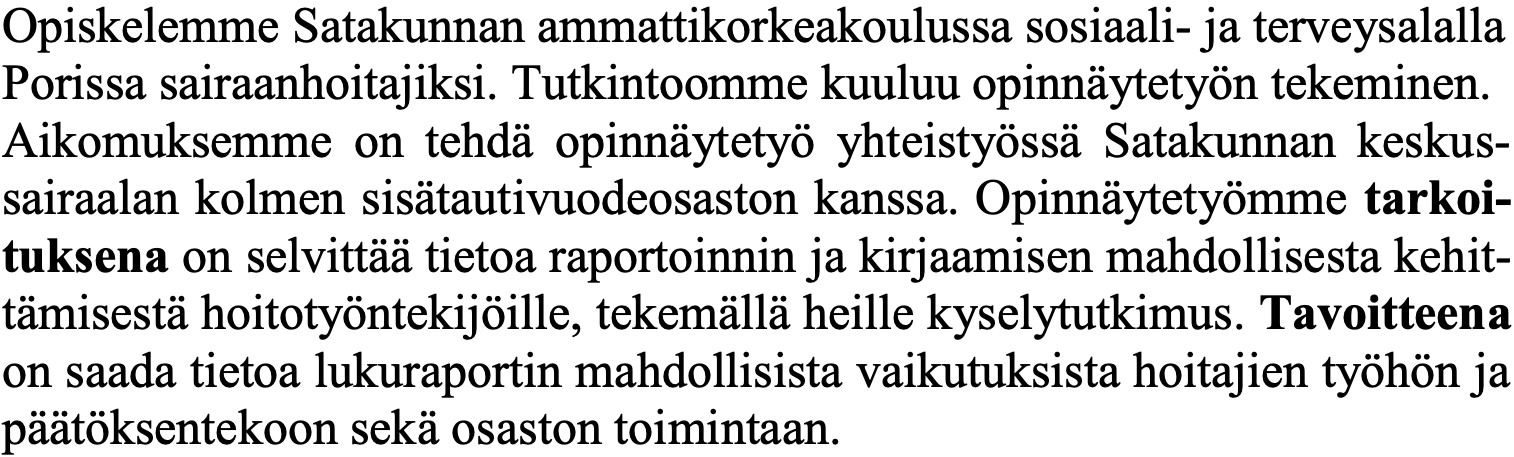
Opiskelemme Satakunnan ammattikorkeakoulussa sosiaali- ja terveysalalla Porissa sairaanhoitajiksi. Tutkintoomme kuuluu opinnäytetyön tekeminen. Aikomuksemme on tehdä opinnäytetyö yhteistyössä Satakunnan keskus- sairaalan kolmen sisätautivuodeosaston kanssa. Opinnäytetyömme tarkoi- tuksena on selvittää tietoa raportoinnin ja kirjaamisen mahdollisesta kehit- tämisestä hoitotyöntekijöille, tekemällä heille kyselytutkimus. Tavoitteena on saada tietoa lukuraportin mahdollisista vaikutuksista hoitajien työhön ja päätöksentekoon sekä osaston toimintaan.